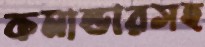
কমান্ডারসহ